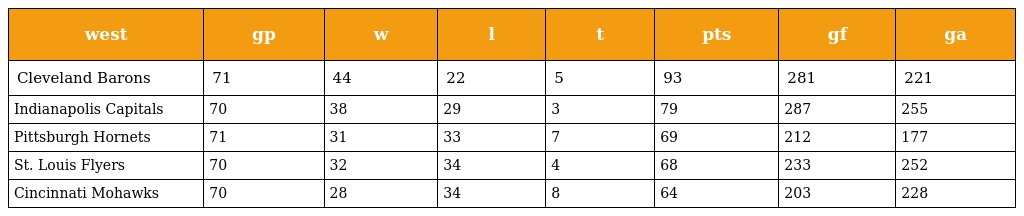
| west | gp | w | l | t | pts | gf | ga |
 | --- | --- | --- | --- | --- | --- | --- | --- |
 | Cleveland Barons | 71 | 44 | 22 | 5 | 93 | 281 | 221 |
 | Indianapolis Capitals | 70 | 38 | 29 | 3 | 79 | 287 | 255 |
 | Pittsburgh Hornets | 71 | 31 | 33 | 7 | 69 | 212 | 177 |
 | St. Louis Flyers | 70 | 32 | 34 | 4 | 68 | 233 | 252 |
 | Cincinnati Mohawks | 70 | 28 | 34 | 8 | 64 | 203 | 228 |